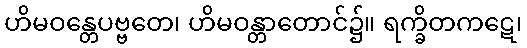
ဟိမဝန္တေပဗ္ဗတေ၊ ဟိမဝန္တာတောင်၌။ ရက္ခိတကဋေ၊